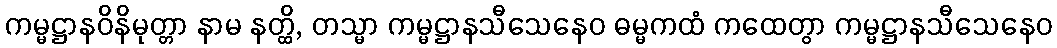
ကမ္မဋ္ဌာနဝိနိမုတ္တာ နာမ နတ္ထိ, တသ္မာ ကမ္မဋ္ဌာနသီသေနေဝ ဓမ္မကထံ ကထေတွာ ကမ္မဋ္ဌာနသီသေနေဝ